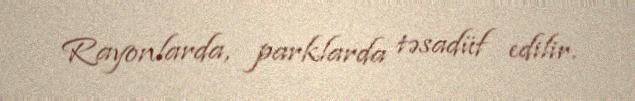
Rayonlarda, parklarda təsadüf edilir.